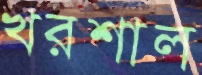
খরশাল